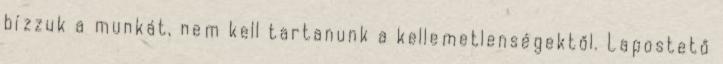
bízzuk a munkát, nem kell tartanunk a kellemetlenségektől. Lapostető